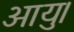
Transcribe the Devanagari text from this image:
आयु।